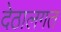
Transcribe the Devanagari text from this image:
देठालगत